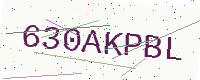
Text: 630AKPBL